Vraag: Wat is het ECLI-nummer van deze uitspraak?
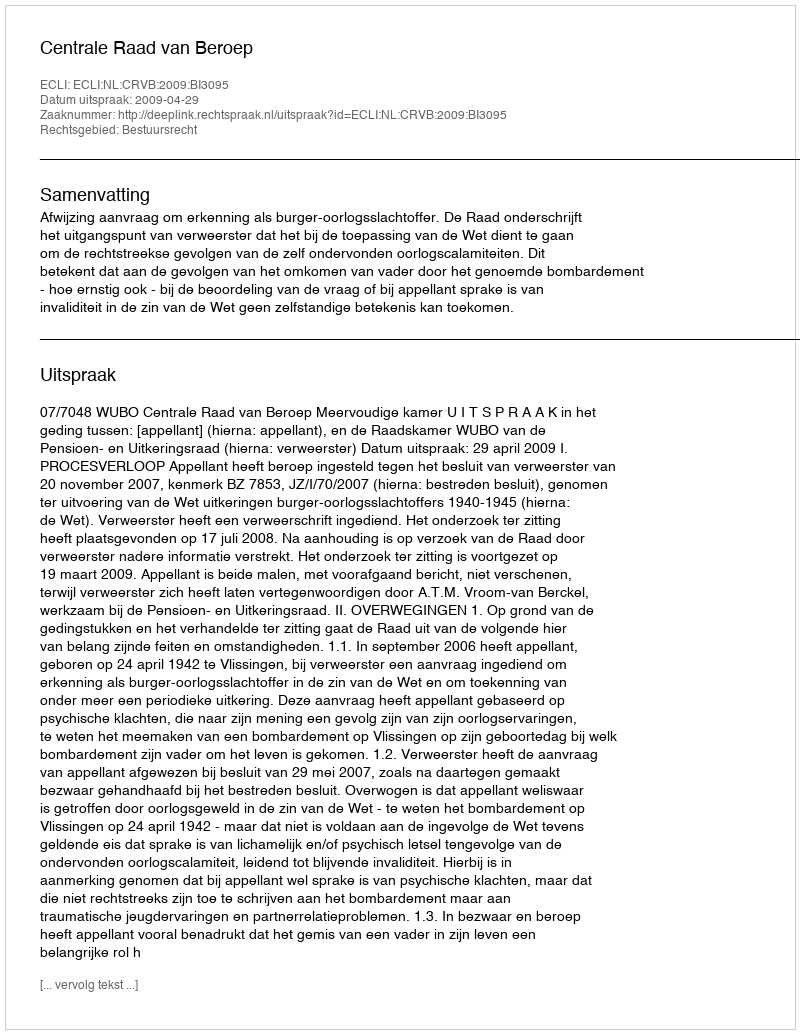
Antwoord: ECLI:NL:CRVB:2009:BI3095